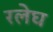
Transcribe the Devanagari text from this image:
रलेघ